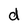
Character: d